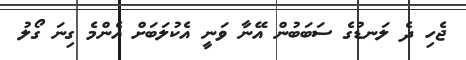
ޖެހި ދެ ލަނޑުގެ ސަބަބުން އޭނާ ވަނީ އެކުލަބަށް އެންމެ ގިނަ ގޯލު